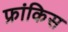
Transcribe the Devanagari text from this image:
फ्रांकिस